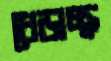
ধেড়াচ্ছ